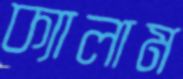
ক্যালাম